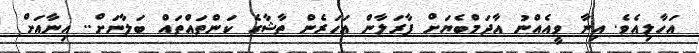
އަހާލިއެވެ. އިނާ ވީއެއްނު އާދަމްބެޔަށް ފާރަލާން އަހަރެން ތާޝާގެ ކަންތައްތައް ބަލާނަށް.. އިނާއަށް